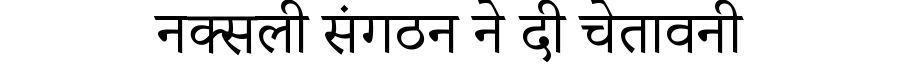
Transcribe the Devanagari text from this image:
नक्सली संगठन ने दी चेतावनी